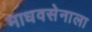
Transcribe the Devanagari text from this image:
माधवसेनाला